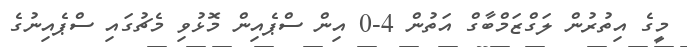
މީގެ އިތުރުން ލަގްޒަމްބާގް އަތުން 4-0 އިން ސްޕެއިން މޮޅުވި މެޗުގައި ސްޕެއިނުގެ